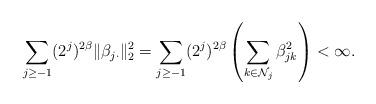
LaTeX: \begin{align*} \sum_{j\geq -1}(2^j)^{ 2\beta }\|\beta_{j\cdot}\|_2^2 = \sum_{j\geq -1}(2^j)^{ 2\beta } \left(\sum_{k \in \mathcal{N}_j}\beta^2_{jk} \right) < \infty.\end{align*}